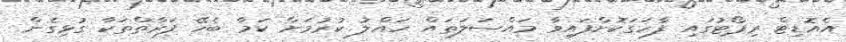
އެއޮޑިޓް ރިޕޯޓުގައި ފާހަގަކޮށްފައިވާ މައްސަލަތައް ހައްލު ކުރުމަށް ކަމާ ބެހޭ ފަރާތްތަކާ ގުޅިގެން